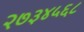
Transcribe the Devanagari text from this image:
२७३४५६८